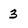
Character: 3